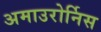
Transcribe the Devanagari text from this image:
अमाउरोर्निस